Lunatic asylums in Bengal annual reports 1912-1924 - 1912-1924
Year: 1912
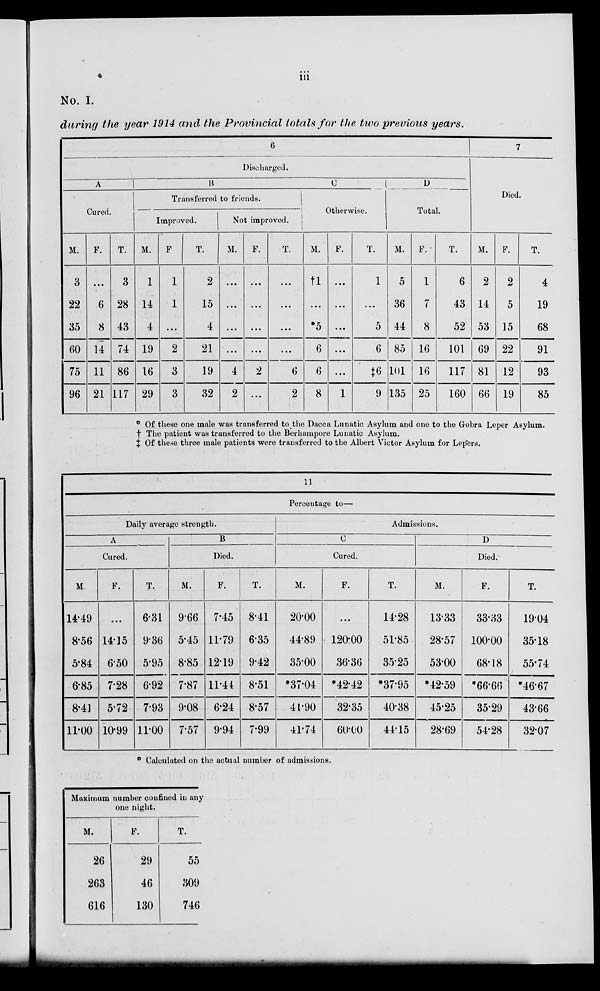
iii
No. I.
during the year 1914 and the Provincial totals for the two previous years.
6
Discharged.
A
Cured.
M.
3
22
35
80
75
96
F.
...
6
8
14
11
21
T.
3
28
43
74
86
117
B
Transferred to friends.
Improved.
M.
1
14
4
19
16
29
F
1
1
...
2
3
3
T.
2
15
4
21
19
32
Not improved.
M.
...
...
...
...
4
2
F.
...
...
...
...
2
...
T.
...
...
...
...
6
2
C
Otherwise.
M.
†1
...
*5
6
6
8
F.
...
...
...
...
...
1
T.
1
...
5
6
‡6
9
D
Total.
M.
5
36
44
85
101
135
F.
1
7
8
16
16
25
T.
6
43
52
101
117
160
7
Died.
M.
2
14
53
69
81
66
F.
2
5
15
22
12
19
T.
4
19
68
91
93
85
° Of these one male was transferred to the Dacca Lunatic Asylum and one to the Gobra Leper Asylum.
† The patient was transferred to the Berhampore Lunatic Asylum.
‡ Of these three male patients were transferred to the Albert Victor Asylum for Lepers.
11
Percentage to—
Daily average strength.
A
Cured.
M
14.49
8.56
5.84
6.85
8.41
11.00
F.
...
14.15
6.50
7.28
5.72
10.99
T.
6.31
9.36
5.95
6.92
7.93
11.00
B
Died.
M.
9.66
5.45
8.85
7.87
9.08
7.57
F.
7.45
11.79
12.19
11.44
6.24
9.94
T.
8.41
6.35
9.42
8.51
8.57
7.99
Admissions.
C
Cured.
M.
20.00
44.89
35.00
*37.04
41.90
41.74
F.
...
120.00
36.36
*42.42
32.35
60.00
T.
14.28
51.85
35.25
*37.95
40.38
44.15
D
Died.
M.
13.33
28.57
53.00
*42.59
45.25
28.69
F.
33.33
100.00
68.18
*66.66
35.29
54.28
T.
19.04
35.18
55.74
*46.67
43.66
32.07
° Calculated on the actual number of admissions.
Maximum number confined in any
one night.
M.
26
263
616
F.
29
46
130
T.
55
309
746